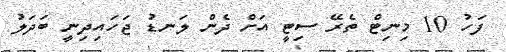
ފަހު 10 މިނިޓް ތެރޭ ސިޓީ އަށް ދެން ލަނޑު ޖަހައިދިނީ ބަދަލު